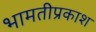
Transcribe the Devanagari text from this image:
भामतीप्रकाश